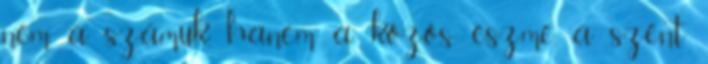
nem a számuk, hanem a közös eszme, a szent